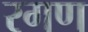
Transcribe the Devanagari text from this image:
रगण